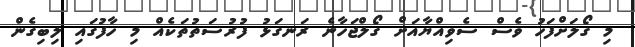
މި ގޯލަށްފަހު ވެސް ސެވިއްޔާއަށް ގޯލްޖަހާނެ ރަނގަޅު ފުރުސަތުތަކެއް މި ހާފުގައި ލިބިގެން